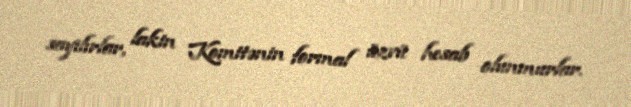
sayılırlar, lakin Komitənin formal üzvü hesab olunmurlar.